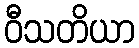
ဝီသတိယာ